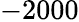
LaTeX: -2000